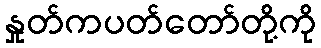
နှုတ်ကပတ်တော်တို့ကို